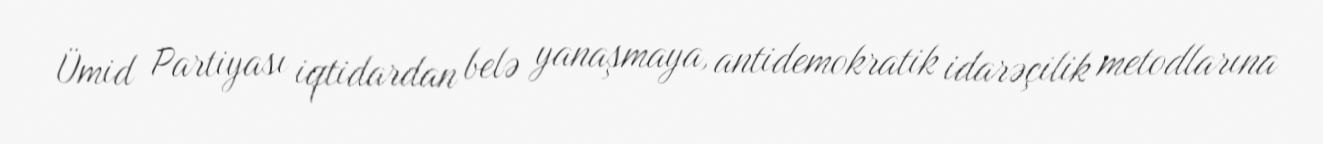
Ümid Partiyası iqtidardan belə yanaşmaya, antidemokratik idarəçilik metodlarına